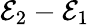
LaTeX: {\mathcal{E}}_{2}-{\mathcal{E}}_{1}